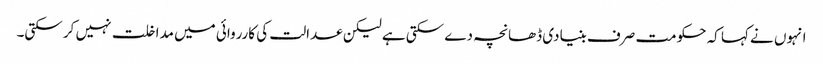
انہوں نے کہا کہ حکومت صرف بنیادی ڈھانچہ دے سکتی ہے لیکن عدالت کی کارروائی میں مداخلت نہیں کر سکتی۔